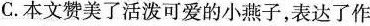
C本文赞美了活泼可爱的小燕子，表达了作